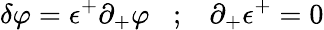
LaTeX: \delta\varphi=\epsilon^{+}\partial_{+}\varphi\; \; \; ;\; \; \; \partial_{+}\epsilon^{+}=0